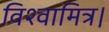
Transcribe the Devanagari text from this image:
विश्वामित्र।